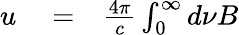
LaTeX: \begin{array}{rlr}{u}&{{}=}&{\frac{4\pi}{c}\int_{0}^{\infty}d\nu B}\end{array}